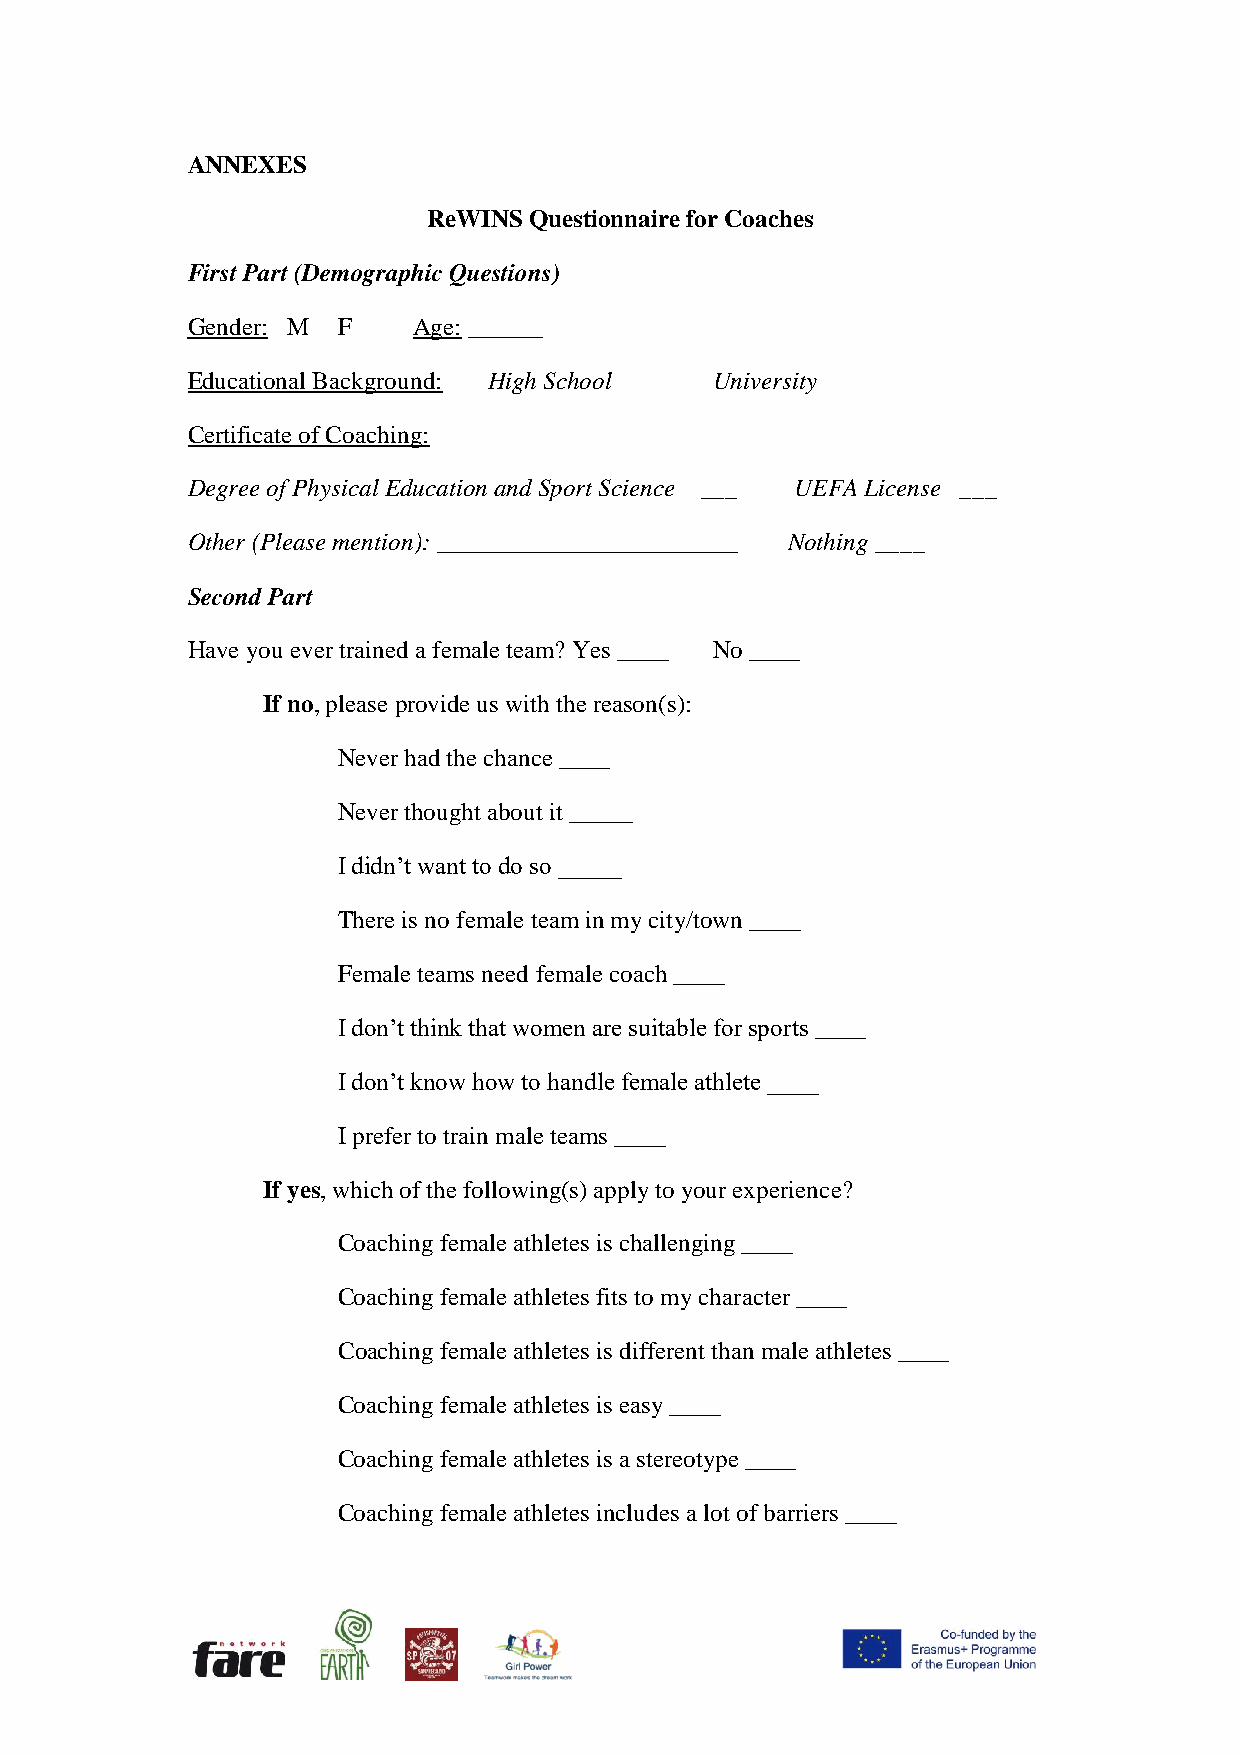
ANNEXES
 ReWINS Questionnaire for Coaches
 First Part (Demographic Questions)
 Gender: M F    Age: ______
 Educational Background: High School University
 Certificate of Coaching:
 Degree of Physical Education and Sport Science ___ UEFA License ___
 Other (Please mention): ________________________ Nothing ____
 Second Part
 Have you ever trained a female team? Yes ____ No ____
 If no, please provide us with the reason(s):
 Never had the chance ____
 Never thought about it _____
 I didn’t want to do so _____
 There is no female team in my city/town ____
 Female teams need female coach ____
 I don’t think that women are suitable for sports ____
 I don’t know how to handle female athlete ____
 I prefer to train male teams ____
 If yes, which of the following(s) apply to your experience?
 Coaching female athletes is challenging ____
 Coaching female athletes fits to my character ____
 Coaching female athletes is different than male athletes ____
 Coaching female athletes is easy ____
 Coaching female athletes is a stereotype ____
 Coaching female athletes includes a lot of barriers ____